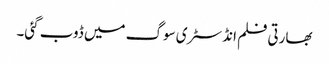
بھارتی فلم انڈسٹری سوگ میں ڈوب گئی۔